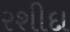
રશીદા